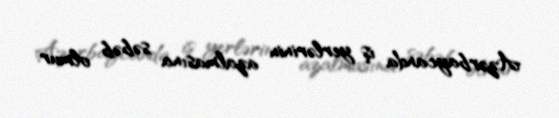
Azərbaycanda iş yerlərinin azalmasına səbəb olmur.